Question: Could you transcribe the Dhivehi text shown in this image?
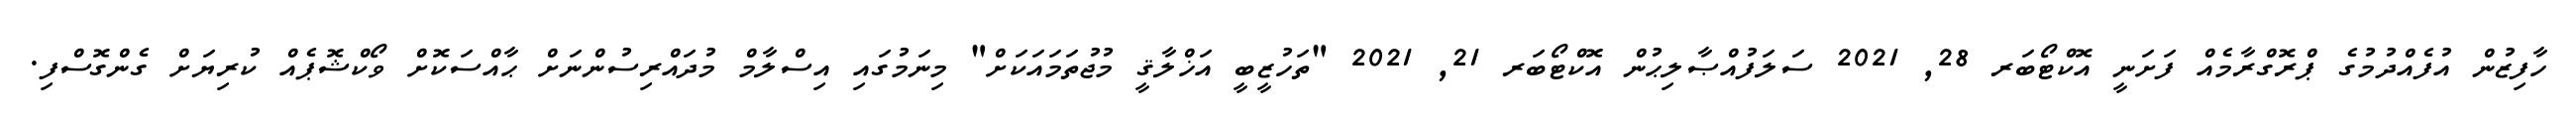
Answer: ހާފިޒުން އުފެއްދުމުގެ ޕްރޮގްރާމެއް ފަށަނީ އޮކްޓޯބަރ 28, 2021 ސަލަފުއްޞާލިޙުން އޮކްޓޯބަރ 21, 2021 "ތަހުޒީބީ އަޚްލާޤީ މުޖުތަމައަކަށް" މިނަމުގައި އިސްލާމް މުދައްރިސުންނަށް ޙާއްސަކޮށް ވޯކްޝޮޕެއް ކުރިޔަށް ގެންގޮސްފި.